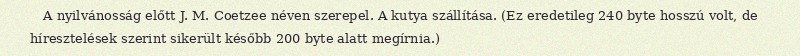
A nyilvánosság előtt J. M. Coetzee néven szerepel. A kutya szállítása. (Ez eredetileg 240 byte hosszú volt, de híresztelések szerint sikerült később 200 byte alatt megírnia.)